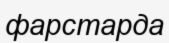
фарстарда